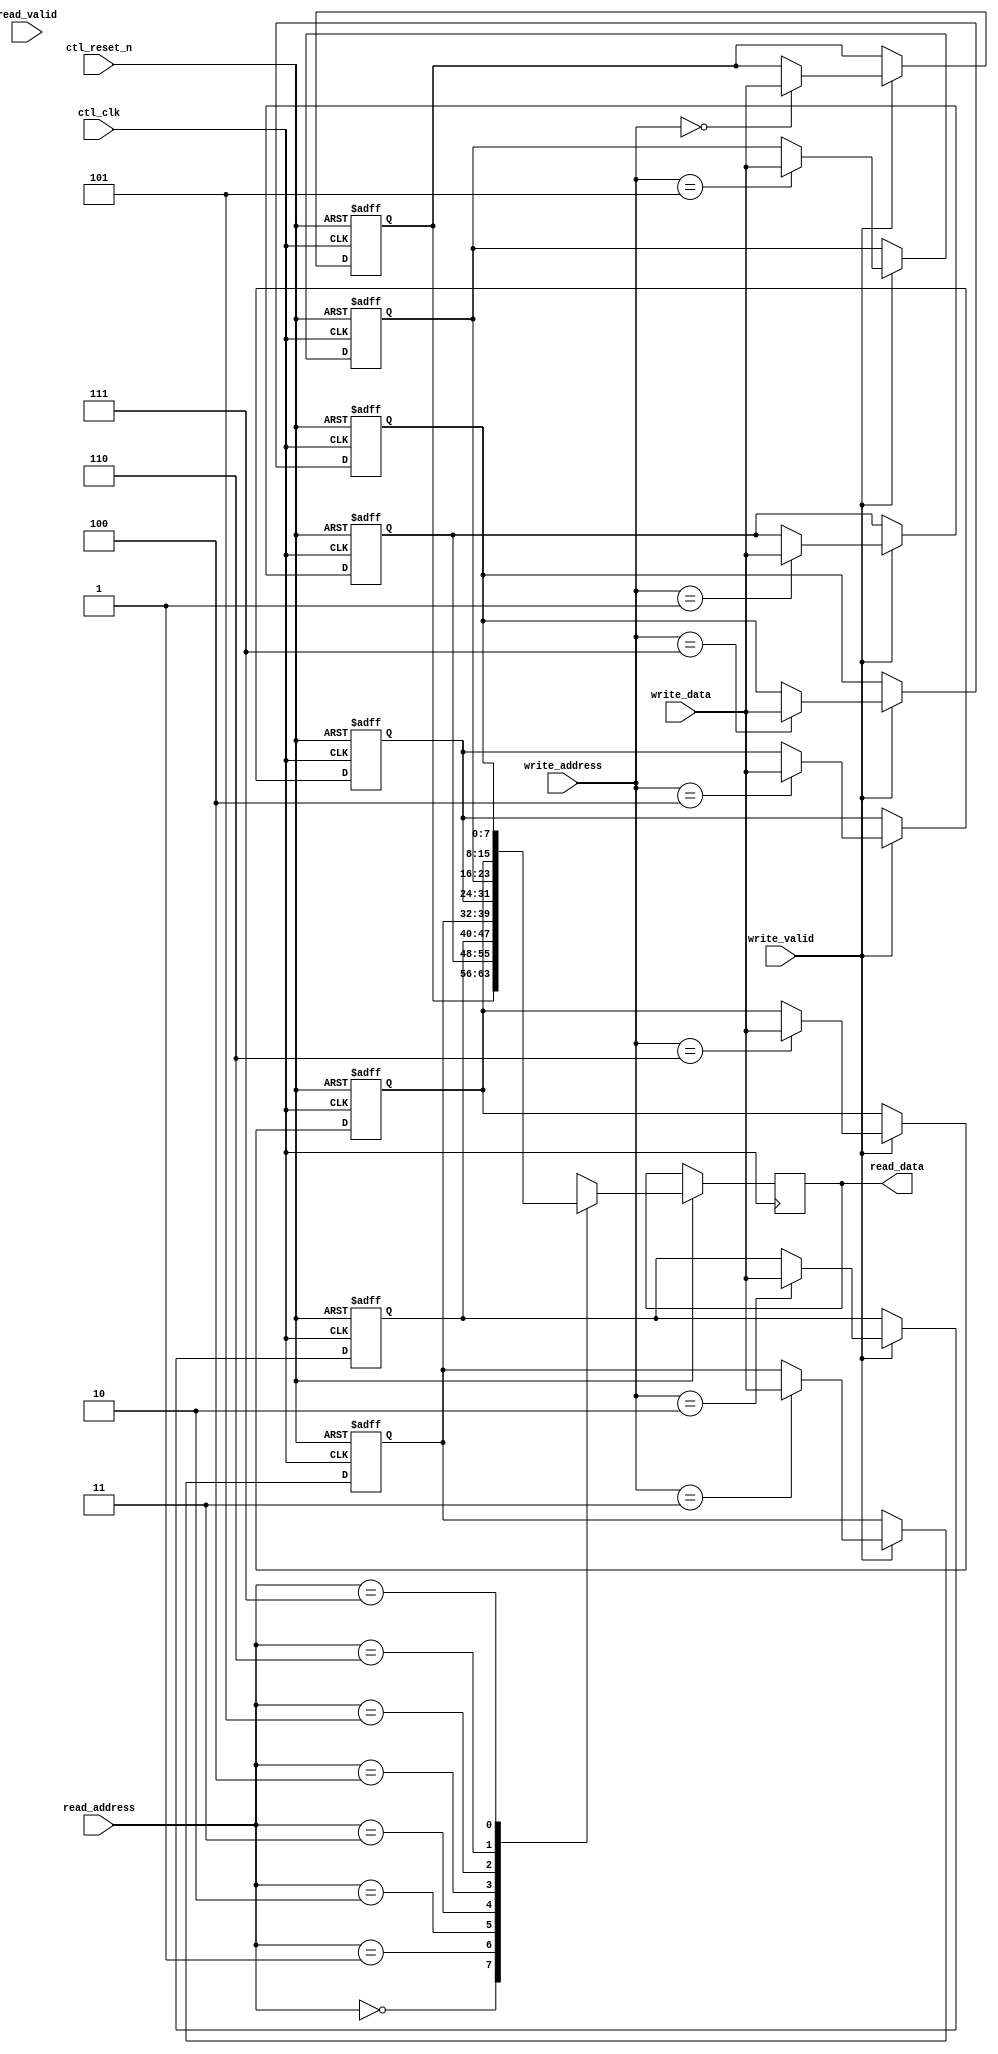
// (C) 2001-2016 Intel Corporation. All rights reserved.
// Your use of Intel Corporation's design tools, logic functions and other 
// software and tools, and its AMPP partner logic functions, and any output 
// files any of the foregoing (including device programming or simulation 
// files), and any associated documentation or information are expressly subject 
// to the terms and conditions of the Intel Program License Subscription 
// Agreement, Intel MegaCore Function License Agreement, or other applicable 
// license agreement, including, without limitation, that your use is for the 
// sole purpose of programming logic devices manufactured by Intel and sold by 
// Intel or its authorized distributors.  Please refer to the applicable 
// agreement for further details.



`timescale 1 ps / 1 ps
module alt_mem_ddrx_buffer
# (
    // module parameter port list
    parameter
        ADDR_WIDTH    =    3,
        DATA_WIDTH    =    8
)
(
    // port list
    ctl_clk,
    ctl_reset_n,

    // write interface
    write_valid,
    write_address,
    write_data,

    // read interface
    read_valid,
    read_address,
    read_data
);

    // -----------------------------
    // local parameter declaration
    // -----------------------------

    localparam  BUFFER_DEPTH    =  two_pow_N(ADDR_WIDTH); 

    // -----------------------------
    // port declaration
    // -----------------------------

    input                           ctl_clk;
    input                           ctl_reset_n;
    
    // write interface
    input                           write_valid;
    input   [ADDR_WIDTH-1:0]        write_address;
    input   [DATA_WIDTH-1:0]        write_data;

    // read interface
    input                           read_valid;
    input   [ADDR_WIDTH-1:0]        read_address;
    output  [DATA_WIDTH-1:0]        read_data;


    // -----------------------------
    // port type declaration
    // -----------------------------

    wire                            ctl_clk;
    wire                            ctl_reset_n;
                                                   
    // write interface                             
    wire                            write_valid;
    wire    [ADDR_WIDTH-1:0]        write_address;
    wire    [DATA_WIDTH-1:0]        write_data;
                                                   
    // read interface                              
    wire                            read_valid;
    wire    [ADDR_WIDTH-1:0]        read_address;
    wire    [DATA_WIDTH-1:0]        read_data;
    // memory size

    reg     [DATA_WIDTH-1:0]        memory_storage  [BUFFER_DEPTH-1:0];
    reg     [DATA_WIDTH-1:0]        read_data_reg;

    integer i;
    integer j;
//    integer w_mem_depth = two_pow_N(write_address);
  //  integer r_mem_depth = two_pow_N(read_address);
//  always @ (posedge ctl_clk or negedge ctl_reset_n)
   
   assign   read_data =  read_data_reg;
   
   always @ (posedge ctl_clk, negedge ctl_reset_n) begin 
      if (ctl_reset_n == 1'b0)
        for (i=0; i<BUFFER_DEPTH; i=i+1) begin
             for (j=0; j<DATA_WIDTH; j=j+1) begin 
                memory_storage[i][j] <= 1'b0; 
 	     end
        end
     else
       begin
	  
	  if ( write_valid == 1'b1) 
	    memory_storage[write_address] <= write_data;
	  
	  read_data_reg <= memory_storage[read_address];
       end
  end
   
    // -----------------------------
    // module definition
    // -----------------------------
   



    function integer two_pow_N;
        input integer value;
    begin
        two_pow_N = 2 << (value-1);
    end
    endfunction


endmodule